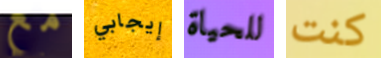
مع إيجابي للحياة كنت